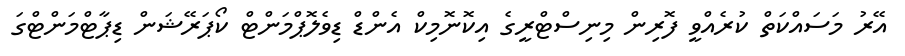
އޭރު މަސައްކަތް ކުރެއްވީ ފޮރިން މިނިސްޓްރީގެ އިކޮނޮމިކް އެންޑް ޑިވެލޮޕްމަންޓް ކޯޕަރޭޝަން ޑިޕާޓްމަންޓްގަ